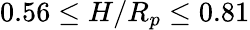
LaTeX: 0.56\leq H/R_{p}\leq 0.81